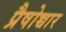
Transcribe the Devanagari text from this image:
प्रैषोच्चार